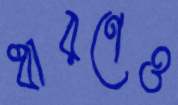
ধারণেও